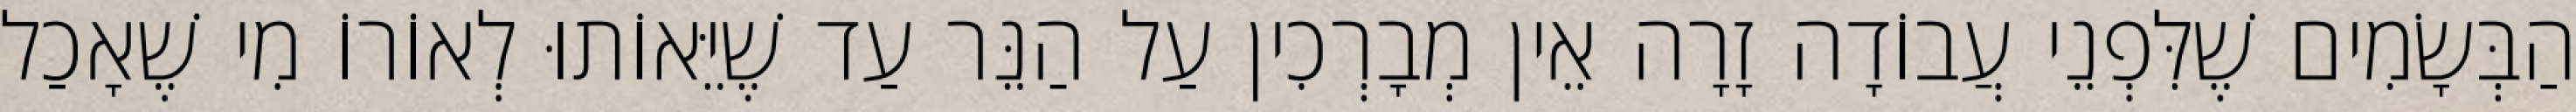
הַבְּשָׂמִים שֶׁלִּפְנֵי עֲבוֹדָה זָרָה אֵין מְבָרְכִין עַל הַנֵּר עַד שֶׁיֵּאוֹתוּ לְאוֹרוֹ מִי שֶׁאָכַל